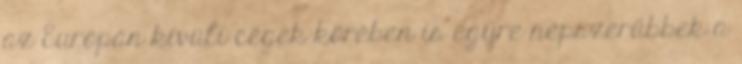
az Európán kívüli cégek körében is egyre népszerűbbek a